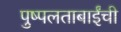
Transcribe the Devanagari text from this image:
पुष्पलताबाईंची